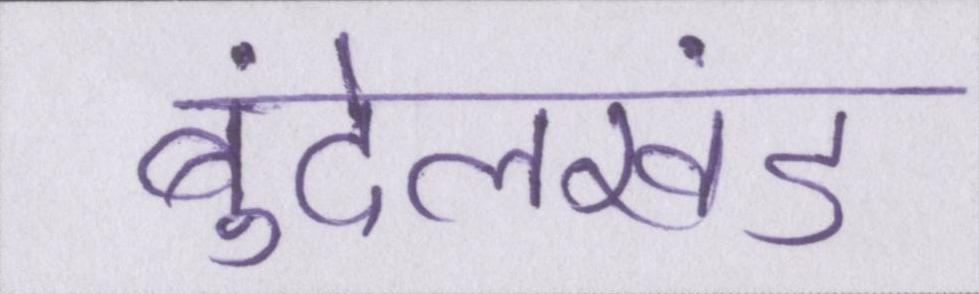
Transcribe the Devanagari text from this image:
बुंदेलखंड